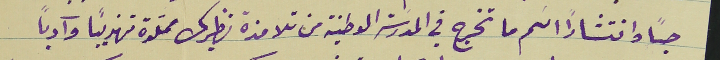
حباً وانتشارًا اسم ما تخرج في المدرسَة الوطنية من تلامذة نظيرك مملَوة تهذيبًا وآدبًا